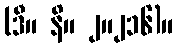
(ဒီ။ နိ။ ၂။၂၁၆)။